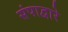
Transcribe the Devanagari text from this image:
संपाद्वारे